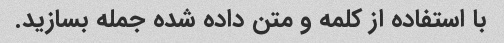
با استفاده از کلمه و متن داده شده جمله بسازید.